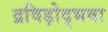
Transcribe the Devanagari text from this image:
द्रविड़ोद्भवा